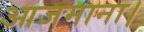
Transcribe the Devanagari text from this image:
आजमाना।